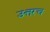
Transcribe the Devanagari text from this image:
उत्तरच